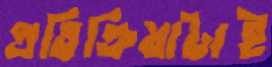
প্রতিক্রিয়াটাই